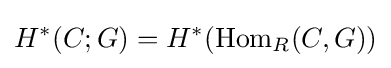
H^{*}(C;G)=H^{*}(\operatorname {Hom} _{R}(C,G))